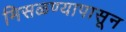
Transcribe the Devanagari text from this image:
मिसळण्यापासून